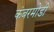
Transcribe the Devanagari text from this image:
कंबरमोडी